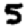
Digit: 5